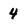
Character: 4